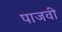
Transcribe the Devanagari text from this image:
पाजवी